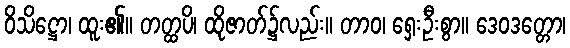
ဝိသိဋ္ဌော၊ ထူး၏။ တတ္ထပိ၊ ထိုဇာတ်၌လည်း။ တာဝ၊ ရှေးဦးစွာ။ ဒေဝဒတ္တော၊